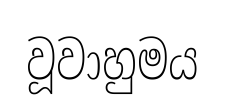
වූවාහුමය